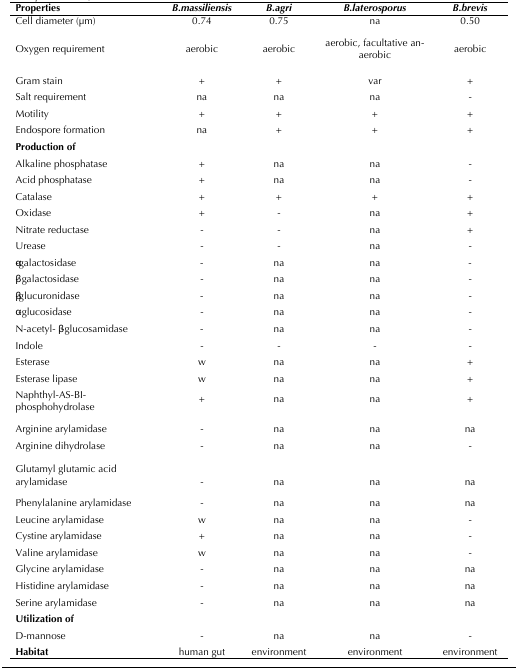
<table><thead><tr><td><b>Properties</b></td><td><b><i>B.massiliensis</i></b></td><td><b><i>B.agri</i></b></td><td><b><i>B.laterosporus</i></b></td><td><b><i>B.brevis</i></b></td></tr></thead><tbody><tr><td>Cell diameter (μm)</td><td>0.74</td><td>0.75</td><td>na</td><td>0.50</td></tr><tr><td>Oxygen requirement</td><td>aerobic</td><td>aerobic</td><td>aerobic, facultative anaerobic</td><td>aerobic</td></tr><tr><td>Gram stain</td><td>+</td><td>+</td><td>var</td><td>+</td></tr><tr><td>Salt requirement</td><td>na</td><td>na</td><td>na</td><td>-</td></tr><tr><td>Motility</td><td>+</td><td>+</td><td>+</td><td>+</td></tr><tr><td>Endospore formation</td><td>na</td><td>+</td><td>+</td><td>+</td></tr><tr><td><b>Production of</b></td><td></td><td></td><td></td><td></td></tr><tr><td>Alkaline phosphatase</td><td>+</td><td>na</td><td>na</td><td>-</td></tr><tr><td>Acid phosphatase</td><td>+</td><td>na</td><td>na</td><td>-</td></tr><tr><td>Catalase</td><td>+</td><td>+</td><td>+</td><td>+</td></tr><tr><td>Oxidase</td><td>+</td><td>-</td><td>na</td><td>+</td></tr><tr><td>Nitrate reductase</td><td>-</td><td>-</td><td>na</td><td>+</td></tr><tr><td>Urease</td><td>-</td><td>-</td><td>na</td><td>-</td></tr><tr><td>α-galactosidase</td><td>-</td><td>na</td><td>na</td><td>-</td></tr><tr><td>β- galactosidase</td><td>-</td><td>na</td><td>na</td><td>-</td></tr><tr><td>β-glucuronidase</td><td>-</td><td>na</td><td>na</td><td>-</td></tr><tr><td>α -glucosidase</td><td>-</td><td>na</td><td>na</td><td>-</td></tr><tr><td>N-acetyl- β -glucosamidase</td><td>-</td><td>na</td><td>na</td><td>-</td></tr><tr><td>Indole</td><td>-</td><td>-</td><td>-</td><td>-</td></tr><tr><td>Esterase</td><td>w</td><td>na</td><td>na</td><td>+</td></tr><tr><td>Esterase lipase</td><td>w</td><td>na</td><td>na</td><td>+</td></tr><tr><td>Naphthyl-AS-BI-phosphohydrolase</td><td>+</td><td>na</td><td>na</td><td>+</td></tr><tr><td>Arginine arylamidase</td><td>-</td><td>na</td><td>na</td><td>na</td></tr><tr><td>Arginine dihydrolase</td><td>-</td><td>na</td><td>na</td><td>-</td></tr><tr><td>Glutamyl glutamic acidarylamidase</td><td>-</td><td>na</td><td>na</td><td>na</td></tr><tr><td>Phenylalanine arylamidase</td><td>-</td><td>na</td><td>na</td><td>na</td></tr><tr><td>Leucine arylamidase</td><td>w</td><td>na</td><td>na</td><td>-</td></tr><tr><td>Cystine arylamidase</td><td>+</td><td>na</td><td>na</td><td>-</td></tr><tr><td>Valine arylamidase</td><td>w</td><td>na</td><td>na</td><td>-</td></tr><tr><td>Glycine arylamidase</td><td>-</td><td>na</td><td>na</td><td>na</td></tr><tr><td>Histidine arylamidase</td><td>-</td><td>na</td><td>na</td><td>na</td></tr><tr><td>Serine arylamidase</td><td>-</td><td>na</td><td>na</td><td>na</td></tr><tr><td><b>Utilization of</b></td><td></td><td></td><td></td><td></td></tr><tr><td>D-mannose</td><td>-</td><td>na</td><td>na</td><td>-</td></tr><tr><td><b>Habitat</b></td><td>human gut</td><td>environment</td><td>environment</td><td>environment</td></tr></tbody></table>